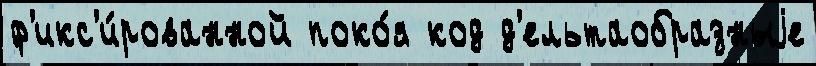
ф'икс'и́рованной поко́я код д'ельтаобразныjе